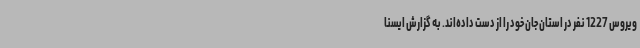
ویروس 1227 نفر در استان جان خود را از دست داده‌اند. به گزارش ایسنا